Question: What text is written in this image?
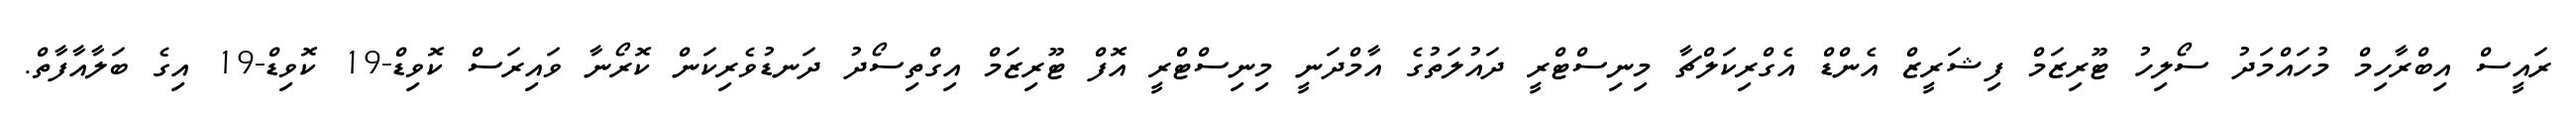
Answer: ރައީސް އިބްރާހިމް މުހައްމަދު ސޯލިހު ޓޫރިޒަމް ފިޝަރީޒް އެންޑް އެގްރިކަލްޗާ މިނިސްޓްރީ ދައުލަތުގެ އާމްދަނީ މިނިސްޓްރީ އޮފް ޓޫރިޒަމް އިގްތިސޯދު ދަނޑުވެރިކަން ކޮރޯނާ ވައިރަސް ކޮވިޑް-19 ކޮވިޑް-19 އިގެ ބަލާއާފާތް.